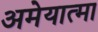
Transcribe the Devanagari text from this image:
अमेयात्मा